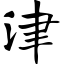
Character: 津